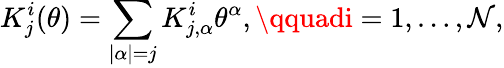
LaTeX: K_{j}^{i}(\theta)=\sum_{|\alpha|=j}K_{j,\alpha}^{i}\theta^{\alpha},\qquadi=1,\ldots,\mathcal{N},